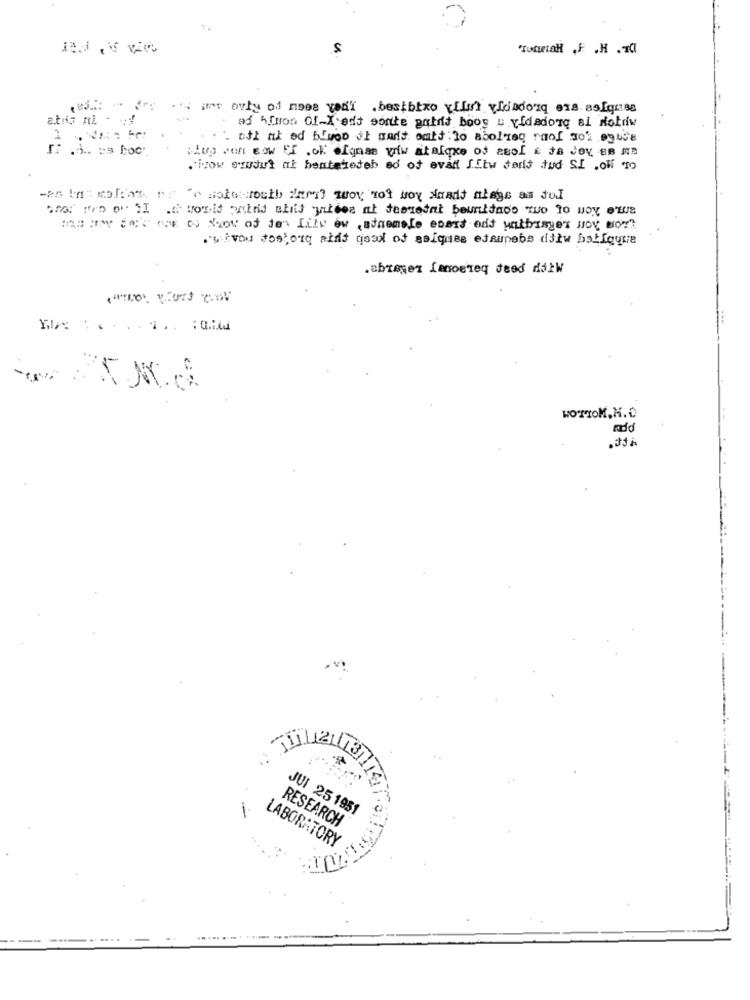
1.
' ges ovty of noee vedi .bestbtxo vilah viiadorq exs. asiqueg
ad hfuros Of-X eds sontte patis boos u vidadorg ai dotdw
oft at ed bluet it mant amit to abolaeq roof nos agice
Lup want now if.of ofgame viw mitalque of asol & JOY, BB N
.how sunjul at hentehedeb ad of avat SEtw tart tud SI .off no
.sivous dostorg midt good of ssiques etaunebs dilw hatfoque
.abrenez Lanoereq deed ditW
WOTTOM,H. D
mdd
.3th
JUI 25 1951
RESEARCH
LABORATORY